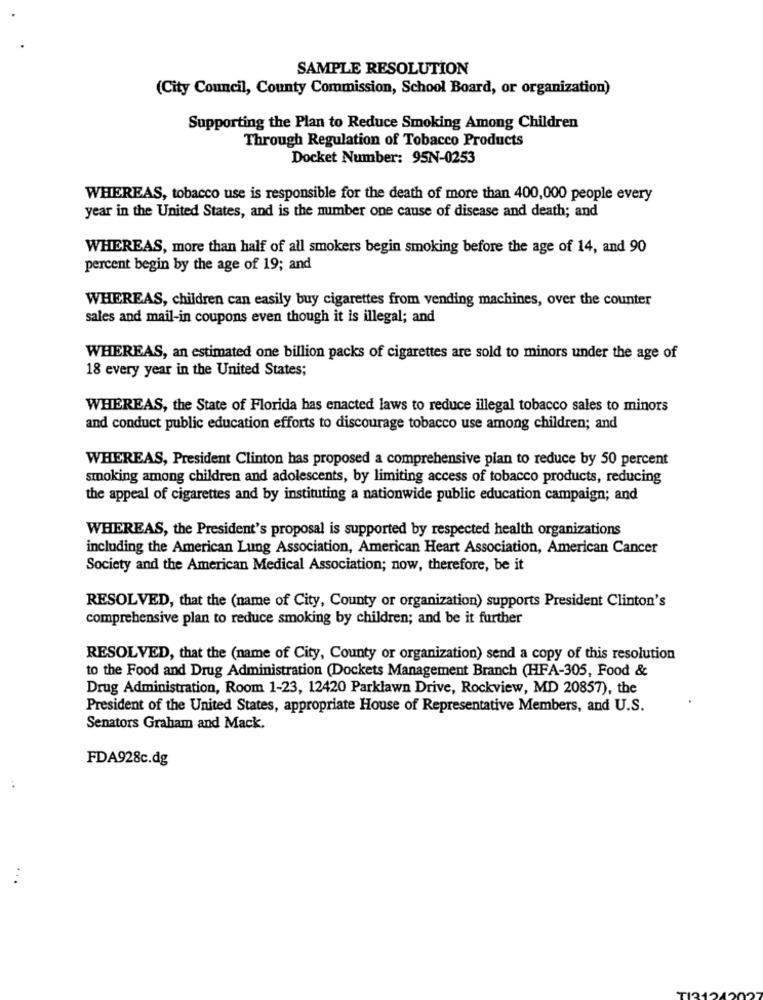
SAMPLE RESOLUTION
(City Council, County Commission, School Board, or organization)
Supporting the Plan to Reduce Smoking Among Children
Through Regulation of Tobacco Products
Docket Number: 95N-0253
WHEREAS, tobacco use is responsible for the death of more than 400,000 people every
year in the United States, and is the number one cause of disease and death; and
WHEREAS, more than half of all smokers begin smoking before the age of 14, and 90
percent begin by the age of 19; and
WHEREAS, children can easily buy cigarettes from vending machines, over the counter
sales and mail-in coupons even though it is illegal; and
WHEREAS, an estimated one billion packs of cigarettes are sold to minors under the age of
18 every year in the United States;
WHEREAS, the State of Florida has enacted laws to reduce illegal tobacco sales to minors
and conduct public education efforts to discourage tobacco use among children; and
WHEREAS, President Clinton has proposed a comprehensive plan to reduce by 50 percent
smoking among children and adolescents, by limiting access of tobacco products, reducing
the appeal of cigarettes and by instituting a nationwide public education campaign; and
WHEREAS, the President's proposal is supported by respected health organizations
including the American Lung Association, American Heart Association, American Cancer
Society and the American Medical Association; now, therefore, be it
RESOLVED, that the (name of City, County or organization) supports President Clinton's
comprehensive plan to reduce smoking by children; and be it further
RESOLVED, that the (name of City, County or organization) send a copy of this resolution
to the Food and Drug Administration (Dockets Management Branch (HFA-305, Food &
Drug Administration, Room 1-23, 12420 Parklawn Drive, Rockview, MD 20857), the
President of the United States, appropriate House of Representative Members, and U.S.
Senators Graham and Mack.
FDA928c.dg
..
...